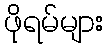
ဖိုရမ်များ